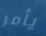
يأمر